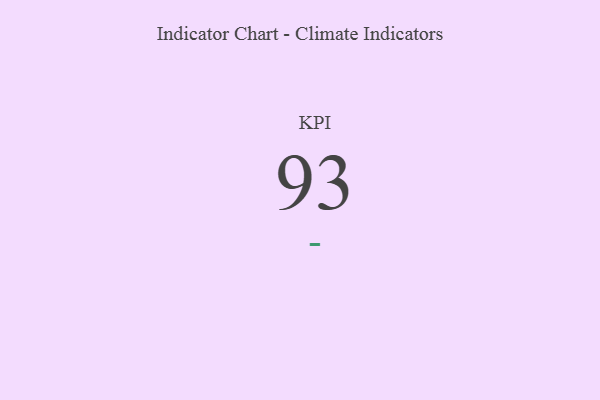
{"axis": {"x": "KPI", "y": "Value"}, "legend": [""], "data": [{"x": "KPI", "y": 93, "type": ""}]}